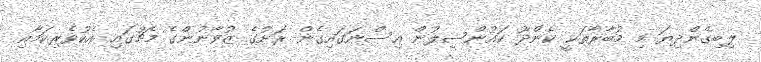
ލިބިގެންދިޔަ މި މުބާރާތަކީ ކެންދޫ ކައުންސިލުން އިސްނަގައިގެން ރަށުގެ ޒުވާނުންގެ މެޗުގައި އެކުވެރިކަމާއި